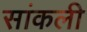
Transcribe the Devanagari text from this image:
सांकली